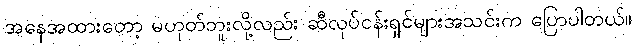
အနေအထားတော့ မဟုတ်ဘူးလို့လည်း ဆီလုပ်ငန်းရှင်များအသင်းက ပြောပါတယ်။